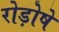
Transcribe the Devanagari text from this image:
रोड़ोषे